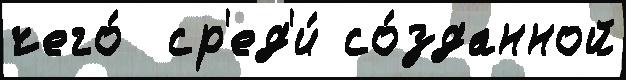
чего́  ср'ед'и́ со́зданной